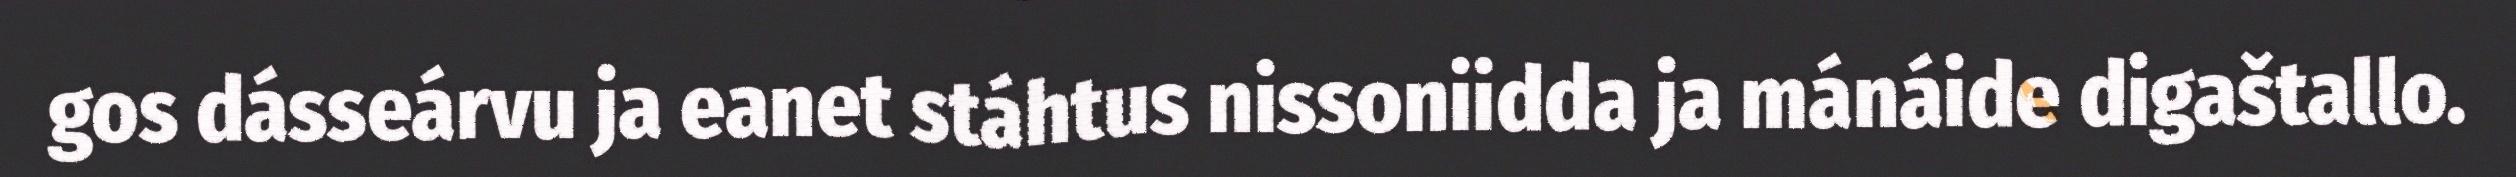
gos dásseárvu ja eanet stáhtus nissoniidda ja mánáide digaštallo.